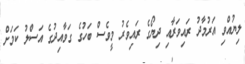
ލިޔުއްވި އަރުމާދު ރައިވަރާއި ދިޔޯގެ ރައިވެރު މީވެސް ބަހުގެ ގަވާއިދުގެ އަސްލު ކަމަށް